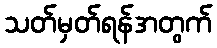
သတ်မှတ်ရန်အတွက်